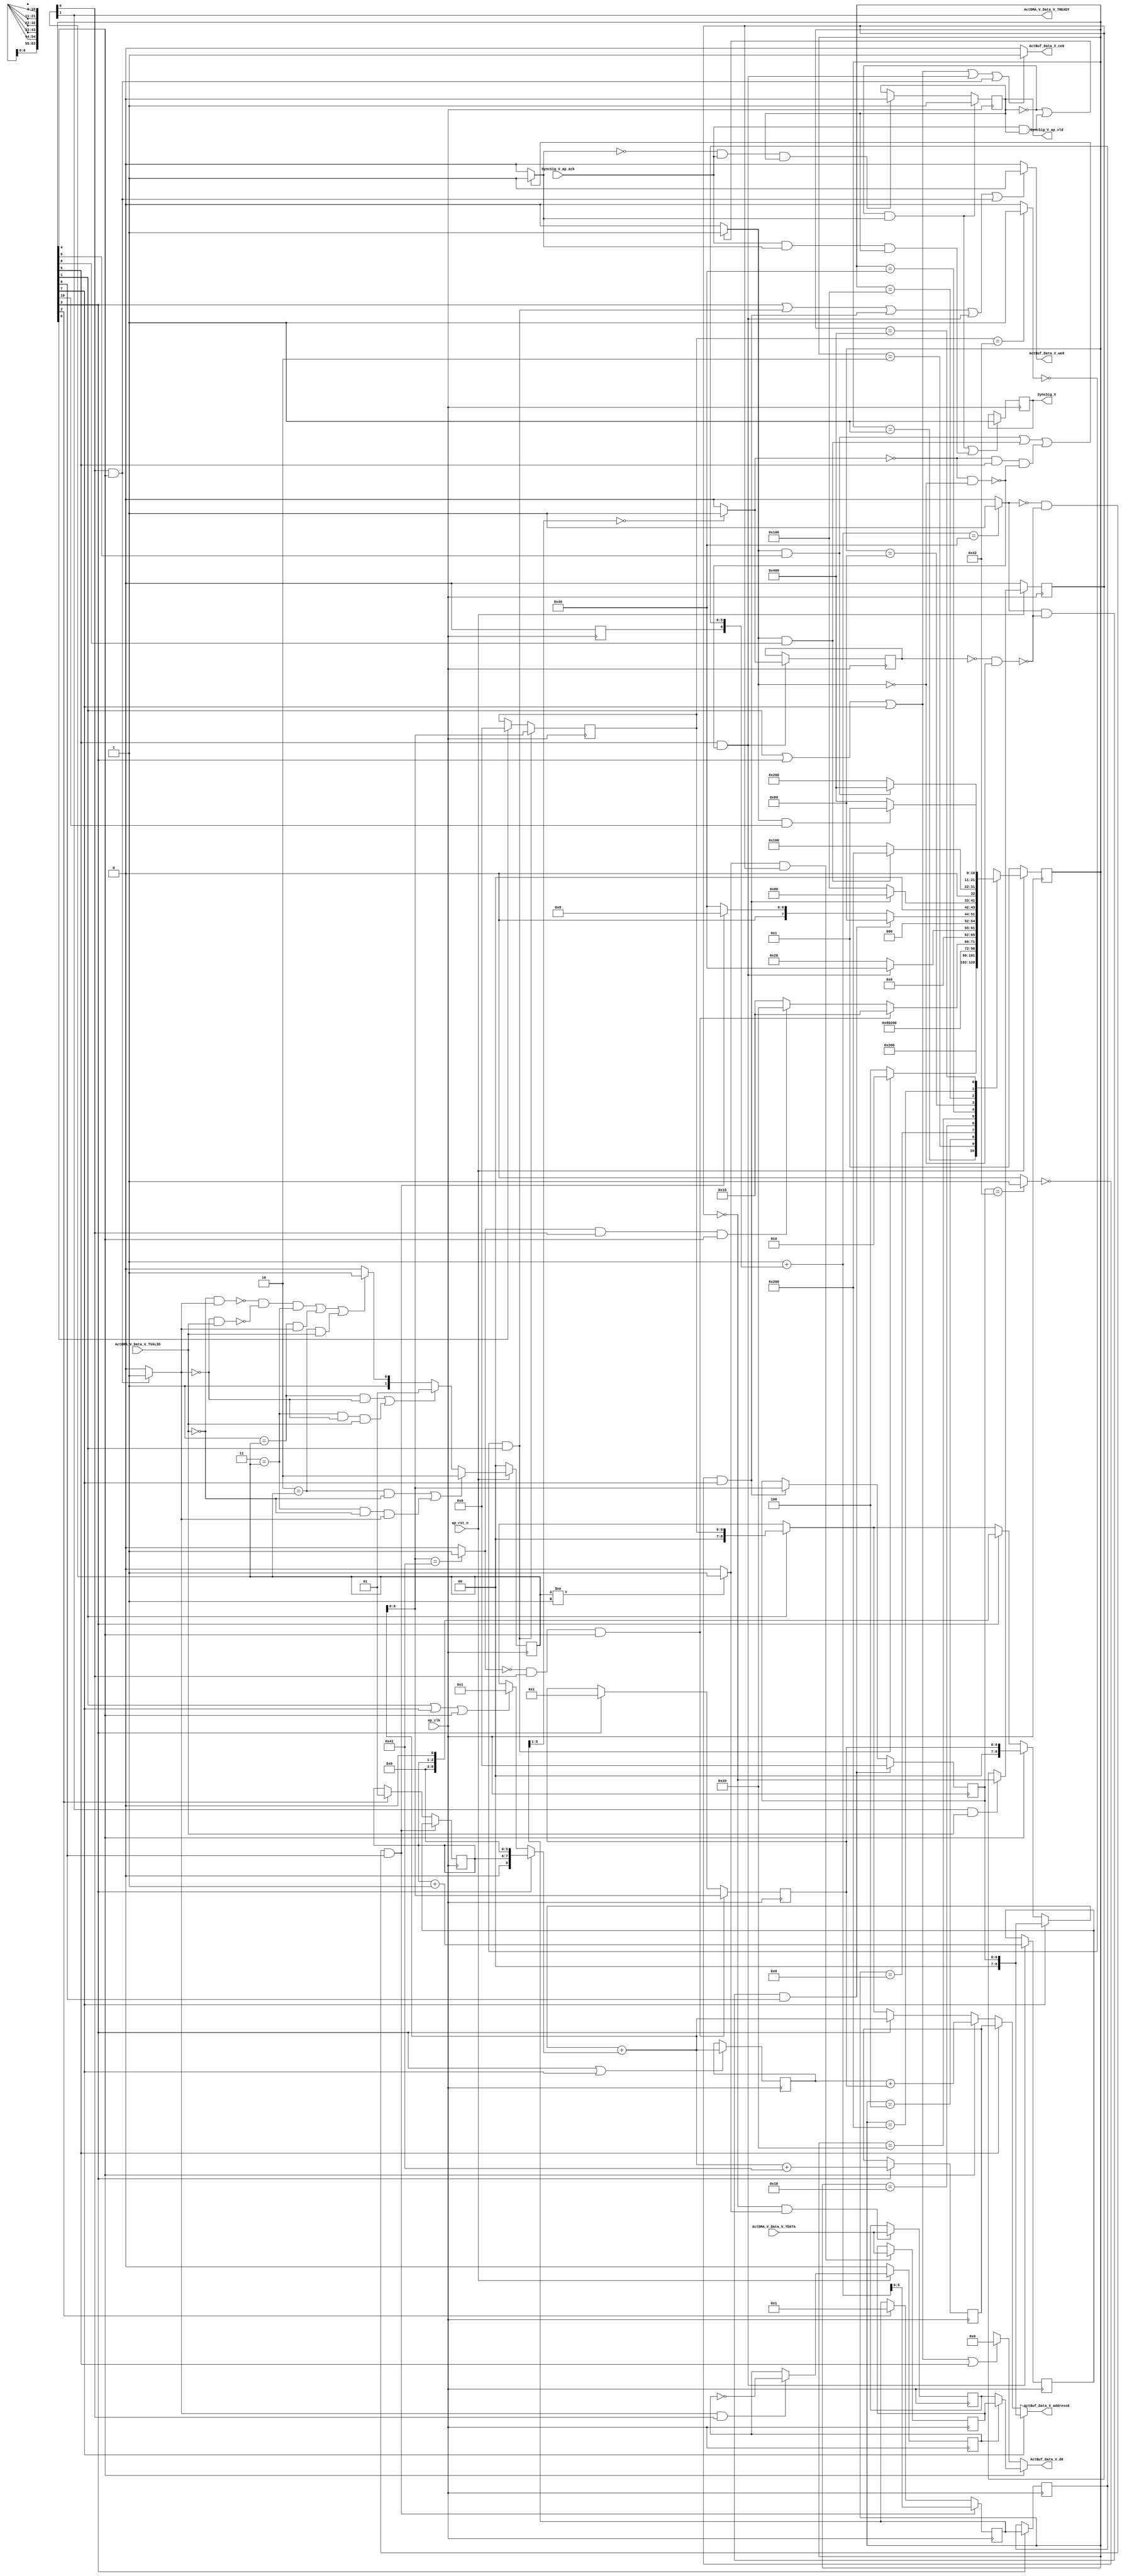
// ==============================================================
// RTL generated by Vivado(TM) HLS - High-Level Synthesis from C, C++ and SystemC
// Version: 2018.3
// Copyright (C) 1986-2018 Xilinx, Inc. All Rights Reserved.
// 
// ===========================================================

`timescale 1 ns / 1 ps 

(* CORE_GENERATION_INFO="Layer1_WriteAct,hls_ip_2018_3,{HLS_INPUT_TYPE=cxx,HLS_INPUT_FLOAT=0,HLS_INPUT_FIXED=0,HLS_INPUT_PART=xczu15eg-ffvb1156-2-i,HLS_INPUT_CLOCK=10.000000,HLS_INPUT_ARCH=others,HLS_SYN_CLOCK=2.013000,HLS_SYN_LAT=4359,HLS_SYN_TPT=none,HLS_SYN_MEM=0,HLS_SYN_DSP=0,HLS_SYN_FF=201,HLS_SYN_LUT=373,HLS_VERSION=2018_3}" *)

module Layer1_WriteAct (
        ap_clk,
        ap_rst_n,
        ActDMA_V_Data_V_TDATA,
        ActDMA_V_Data_V_TVALID,
        ActDMA_V_Data_V_TREADY,
        SyncSig_V,
        SyncSig_V_ap_vld,
        SyncSig_V_ap_ack,
        ActBuf_Data_V_address0,
        ActBuf_Data_V_ce0,
        ActBuf_Data_V_we0,
        ActBuf_Data_V_d0
);

parameter    ap_ST_fsm_state1 = 11'd1;
parameter    ap_ST_fsm_state2 = 11'd2;
parameter    ap_ST_fsm_state3 = 11'd4;
parameter    ap_ST_fsm_state4 = 11'd8;
parameter    ap_ST_fsm_state5 = 11'd16;
parameter    ap_ST_fsm_state6 = 11'd32;
parameter    ap_ST_fsm_state7 = 11'd64;
parameter    ap_ST_fsm_state8 = 11'd128;
parameter    ap_ST_fsm_state9 = 11'd256;
parameter    ap_ST_fsm_state10 = 11'd512;
parameter    ap_ST_fsm_state11 = 11'd1024;

input   ap_clk;
input   ap_rst_n;
input  [63:0] ActDMA_V_Data_V_TDATA;
input   ActDMA_V_Data_V_TVALID;
output   ActDMA_V_Data_V_TREADY;
output   SyncSig_V;
output   SyncSig_V_ap_vld;
input   SyncSig_V_ap_ack;
output  [8:0] ActBuf_Data_V_address0;
output   ActBuf_Data_V_ce0;
output   ActBuf_Data_V_we0;
output  [63:0] ActBuf_Data_V_d0;

reg[8:0] ActBuf_Data_V_address0;
reg ActBuf_Data_V_ce0;
reg ActBuf_Data_V_we0;
reg[63:0] ActBuf_Data_V_d0;

 reg    ap_rst_n_inv;
reg   [63:0] ActDMA_V_Data_V_0_data_out;
wire    ActDMA_V_Data_V_0_vld_in;
wire    ActDMA_V_Data_V_0_vld_out;
wire    ActDMA_V_Data_V_0_ack_in;
reg    ActDMA_V_Data_V_0_ack_out;
reg   [63:0] ActDMA_V_Data_V_0_payload_A;
reg   [63:0] ActDMA_V_Data_V_0_payload_B;
reg    ActDMA_V_Data_V_0_sel_rd;
reg    ActDMA_V_Data_V_0_sel_wr;
wire    ActDMA_V_Data_V_0_sel;
wire    ActDMA_V_Data_V_0_load_A;
wire    ActDMA_V_Data_V_0_load_B;
reg   [1:0] ActDMA_V_Data_V_0_state;
wire    ActDMA_V_Data_V_0_state_cmp_full;
reg    SyncSig_V_1_data_reg;
reg    SyncSig_V_1_vld_reg;
reg    SyncSig_V_1_vld_in;
reg    SyncSig_V_1_ack_in;
wire    SyncSig_V_1_ack_out;
reg    ActDMA_V_Data_V_TDATA_blk_n;
(* fsm_encoding = "none" *) reg   [10:0] ap_CS_fsm;
wire    ap_CS_fsm_state5;
reg    SyncSig_V_blk_n;
wire    ap_CS_fsm_state6;
wire   [0:0] icmp_fu_318_p2;
wire    ap_CS_fsm_state7;
reg   [0:0] icmp_reg_392;
wire    ap_CS_fsm_state9;
wire    ap_CS_fsm_state10;
wire    ap_CS_fsm_state11;
wire   [1:0] t_V_5_fu_302_p2;
reg   [1:0] t_V_5_reg_356;
reg    ap_block_state6_io;
wire   [8:0] grp_fu_215_p2;
reg   [8:0] reg_359;
wire    ap_CS_fsm_state8;
wire    ap_CS_fsm_state4;
reg   [8:0] ActBuf_Data_V_addr_3_reg_364;
wire    ap_CS_fsm_state2;
wire   [6:0] t_V_34_cast_fu_221_p1;
reg   [6:0] t_V_34_cast_reg_379;
wire   [5:0] tmp_12_fu_329_p1;
reg    ap_block_state7_io;
wire   [0:0] exitcond1_fu_333_p2;
reg   [6:0] t_V_reg_152;
wire    ap_CS_fsm_state1;
wire   [0:0] tmp_fu_209_p2;
reg   [5:0] t_V_s_reg_163;
wire    ap_CS_fsm_state3;
reg   [1:0] t_V_1_reg_175;
reg   [6:0] t_V_3_reg_187;
wire   [0:0] exitcond_fu_296_p2;
reg   [6:0] t_V_2_reg_198;
wire   [0:0] tmp_6_fu_339_p2;
wire   [63:0] tmp_1_fu_226_p1;
wire   [63:0] tmp_14_cast_fu_260_p1;
wire   [63:0] tmp_15_cast_fu_271_p1;
wire   [63:0] tmp_16_cast_fu_285_p1;
wire   [63:0] tmp_s_fu_351_p1;
reg   [8:0] grp_fu_215_p0;
wire   [8:0] p_shl1_cast_fu_250_p1;
reg   [8:0] grp_fu_215_p1;
wire   [8:0] p_shl_cast_fu_238_p1;
wire   [7:0] tmp_3_fu_230_p3;
wire   [2:0] tmp_4_fu_242_p3;
wire   [8:0] tmp_9_fu_265_p2;
wire   [8:0] tmp_11_cast_fu_276_p1;
wire   [8:0] tmp_11_fu_280_p2;
wire   [6:0] exitcond_fu_296_p0;
wire   [4:0] tmp_8_fu_308_p4;
wire   [6:0] t_V_8_fu_324_p2;
reg   [10:0] ap_NS_fsm;

// power-on initialization
initial begin
#0 ActDMA_V_Data_V_0_sel_rd = 1'b0;
#0 ActDMA_V_Data_V_0_sel_wr = 1'b0;
#0 ActDMA_V_Data_V_0_state = 2'd0;
#0 SyncSig_V_1_data_reg = 1'b0;
#0 SyncSig_V_1_vld_reg = 1'b0;
#0 ap_CS_fsm = 11'd1;
end

always @ (posedge ap_clk) begin
    if (ap_rst_n_inv == 1'b1) begin
        ActDMA_V_Data_V_0_sel_rd <= 1'b0;
    end else begin
        if (((1'b1 == ActDMA_V_Data_V_0_ack_out) & (1'b1 == ActDMA_V_Data_V_0_vld_out))) begin
            ActDMA_V_Data_V_0_sel_rd <= ~ActDMA_V_Data_V_0_sel_rd;
        end
    end
end

always @ (posedge ap_clk) begin
    if (ap_rst_n_inv == 1'b1) begin
        ActDMA_V_Data_V_0_sel_wr <= 1'b0;
    end else begin
        if (((1'b1 == ActDMA_V_Data_V_0_ack_in) & (1'b1 == ActDMA_V_Data_V_0_vld_in))) begin
            ActDMA_V_Data_V_0_sel_wr <= ~ActDMA_V_Data_V_0_sel_wr;
        end
    end
end

always @ (posedge ap_clk) begin
    if (ap_rst_n_inv == 1'b1) begin
        ActDMA_V_Data_V_0_state <= 2'd0;
    end else begin
        if ((((2'd2 == ActDMA_V_Data_V_0_state) & (1'b0 == ActDMA_V_Data_V_0_vld_in)) | ((2'd3 == ActDMA_V_Data_V_0_state) & (1'b0 == ActDMA_V_Data_V_0_vld_in) & (1'b1 == ActDMA_V_Data_V_0_ack_out)))) begin
            ActDMA_V_Data_V_0_state <= 2'd2;
        end else if ((((2'd1 == ActDMA_V_Data_V_0_state) & (1'b0 == ActDMA_V_Data_V_0_ack_out)) | ((2'd3 == ActDMA_V_Data_V_0_state) & (1'b0 == ActDMA_V_Data_V_0_ack_out) & (1'b1 == ActDMA_V_Data_V_0_vld_in)))) begin
            ActDMA_V_Data_V_0_state <= 2'd1;
        end else if (((~((1'b0 == ActDMA_V_Data_V_0_vld_in) & (1'b1 == ActDMA_V_Data_V_0_ack_out)) & ~((1'b0 == ActDMA_V_Data_V_0_ack_out) & (1'b1 == ActDMA_V_Data_V_0_vld_in)) & (2'd3 == ActDMA_V_Data_V_0_state)) | ((2'd1 == ActDMA_V_Data_V_0_state) & (1'b1 == ActDMA_V_Data_V_0_ack_out)) | ((2'd2 == ActDMA_V_Data_V_0_state) & (1'b1 == ActDMA_V_Data_V_0_vld_in)))) begin
            ActDMA_V_Data_V_0_state <= 2'd3;
        end else begin
            ActDMA_V_Data_V_0_state <= 2'd2;
        end
    end
end

always @ (posedge ap_clk) begin
    if (ap_rst_n_inv == 1'b1) begin
        ap_CS_fsm <= ap_ST_fsm_state1;
    end else begin
        ap_CS_fsm <= ap_NS_fsm;
    end
end

always @ (posedge ap_clk) begin
    if (((1'b0 == SyncSig_V_1_vld_reg) & (1'b1 == SyncSig_V_1_vld_in))) begin
        SyncSig_V_1_vld_reg <= 1'b1;
    end else if (((1'b0 == SyncSig_V_1_vld_in) & (1'b1 == SyncSig_V_1_ack_out) & (1'b1 == SyncSig_V_1_vld_reg))) begin
        SyncSig_V_1_vld_reg <= 1'b0;
    end
end

always @ (posedge ap_clk) begin
    if (((exitcond1_fu_333_p2 == 1'd0) & (1'b0 == ap_block_state7_io) & (1'b1 == ap_CS_fsm_state7))) begin
        t_V_1_reg_175 <= t_V_5_reg_356;
    end else if ((1'b1 == ap_CS_fsm_state3)) begin
        t_V_1_reg_175 <= 2'd1;
    end
end

always @ (posedge ap_clk) begin
    if (((exitcond1_fu_333_p2 == 1'd1) & (1'b0 == ap_block_state7_io) & (1'b1 == ap_CS_fsm_state7))) begin
        t_V_2_reg_198 <= 7'd0;
    end else if (((tmp_6_fu_339_p2 == 1'd0) & (1'b1 == ap_CS_fsm_state8))) begin
        t_V_2_reg_198 <= grp_fu_215_p2;
    end
end

always @ (posedge ap_clk) begin
    if (((exitcond_fu_296_p2 == 1'd0) & (1'b1 == ActDMA_V_Data_V_0_vld_out) & (1'b1 == ap_CS_fsm_state5))) begin
        t_V_3_reg_187 <= grp_fu_215_p2;
    end else if ((1'b1 == ap_CS_fsm_state4)) begin
        t_V_3_reg_187 <= 7'd1;
    end
end

always @ (posedge ap_clk) begin
    if (((tmp_fu_209_p2 == 1'd0) & (1'b1 == ap_CS_fsm_state2))) begin
        t_V_reg_152 <= grp_fu_215_p2;
    end else if ((1'b1 == ap_CS_fsm_state1)) begin
        t_V_reg_152 <= 7'd0;
    end
end

always @ (posedge ap_clk) begin
    if (((exitcond1_fu_333_p2 == 1'd0) & (1'b0 == ap_block_state7_io) & (1'b1 == ap_CS_fsm_state7))) begin
        t_V_s_reg_163 <= tmp_12_fu_329_p1;
    end else if ((1'b1 == ap_CS_fsm_state3)) begin
        t_V_s_reg_163 <= 6'd1;
    end
end

always @ (posedge ap_clk) begin
    if ((1'b1 == ap_CS_fsm_state4)) begin
        ActBuf_Data_V_addr_3_reg_364 <= tmp_15_cast_fu_271_p1;
        t_V_34_cast_reg_379[5 : 0] <= t_V_34_cast_fu_221_p1[5 : 0];
    end
end

always @ (posedge ap_clk) begin
    if ((1'b1 == ActDMA_V_Data_V_0_load_A)) begin
        ActDMA_V_Data_V_0_payload_A <= ActDMA_V_Data_V_TDATA;
    end
end

always @ (posedge ap_clk) begin
    if ((1'b1 == ActDMA_V_Data_V_0_load_B)) begin
        ActDMA_V_Data_V_0_payload_B <= ActDMA_V_Data_V_TDATA;
    end
end

always @ (posedge ap_clk) begin
    if ((((1'b0 == SyncSig_V_1_vld_reg) & (1'b1 == SyncSig_V_1_vld_in)) | ((1'b1 == SyncSig_V_1_ack_out) & (1'b1 == SyncSig_V_1_vld_in) & (1'b1 == SyncSig_V_1_vld_reg)))) begin
        SyncSig_V_1_data_reg <= 1'd1;
    end
end

always @ (posedge ap_clk) begin
    if (((1'b1 == ap_CS_fsm_state6) & (1'b0 == ap_block_state6_io))) begin
        icmp_reg_392 <= icmp_fu_318_p2;
        t_V_5_reg_356 <= t_V_5_fu_302_p2;
    end
end

always @ (posedge ap_clk) begin
    if (((1'b1 == ap_CS_fsm_state4) | (1'b1 == ap_CS_fsm_state8))) begin
        reg_359 <= grp_fu_215_p2;
    end
end

always @ (*) begin
    if ((1'b1 == ap_CS_fsm_state8)) begin
        ActBuf_Data_V_address0 = tmp_s_fu_351_p1;
    end else if ((1'b1 == ap_CS_fsm_state6)) begin
        ActBuf_Data_V_address0 = ActBuf_Data_V_addr_3_reg_364;
    end else if ((1'b1 == ap_CS_fsm_state5)) begin
        ActBuf_Data_V_address0 = tmp_16_cast_fu_285_p1;
    end else if ((1'b1 == ap_CS_fsm_state4)) begin
        ActBuf_Data_V_address0 = tmp_14_cast_fu_260_p1;
    end else if ((1'b1 == ap_CS_fsm_state2)) begin
        ActBuf_Data_V_address0 = tmp_1_fu_226_p1;
    end else begin
        ActBuf_Data_V_address0 = 'bx;
    end
end

always @ (*) begin
    if (((1'b1 == ap_CS_fsm_state2) | (1'b1 == ap_CS_fsm_state4) | (1'b1 == ap_CS_fsm_state8) | ((1'b1 == ap_CS_fsm_state6) & (1'b0 == ap_block_state6_io)) | ((1'b1 == ActDMA_V_Data_V_0_vld_out) & (1'b1 == ap_CS_fsm_state5)))) begin
        ActBuf_Data_V_ce0 = 1'b1;
    end else begin
        ActBuf_Data_V_ce0 = 1'b0;
    end
end

always @ (*) begin
    if ((1'b1 == ap_CS_fsm_state5)) begin
        ActBuf_Data_V_d0 = ActDMA_V_Data_V_0_data_out;
    end else if (((1'b1 == ap_CS_fsm_state2) | (1'b1 == ap_CS_fsm_state4) | (1'b1 == ap_CS_fsm_state8) | (1'b1 == ap_CS_fsm_state6))) begin
        ActBuf_Data_V_d0 = 64'd0;
    end else begin
        ActBuf_Data_V_d0 = 'bx;
    end
end

always @ (*) begin
    if (((1'b1 == ap_CS_fsm_state4) | ((tmp_fu_209_p2 == 1'd0) & (1'b1 == ap_CS_fsm_state2)) | ((tmp_6_fu_339_p2 == 1'd0) & (1'b1 == ap_CS_fsm_state8)) | ((1'b1 == ap_CS_fsm_state6) & (1'b0 == ap_block_state6_io)) | ((1'b1 == ActDMA_V_Data_V_0_vld_out) & (1'b1 == ap_CS_fsm_state5)))) begin
        ActBuf_Data_V_we0 = 1'b1;
    end else begin
        ActBuf_Data_V_we0 = 1'b0;
    end
end

always @ (*) begin
    if (((1'b1 == ActDMA_V_Data_V_0_vld_out) & (1'b1 == ap_CS_fsm_state5))) begin
        ActDMA_V_Data_V_0_ack_out = 1'b1;
    end else begin
        ActDMA_V_Data_V_0_ack_out = 1'b0;
    end
end

always @ (*) begin
    if ((1'b1 == ActDMA_V_Data_V_0_sel)) begin
        ActDMA_V_Data_V_0_data_out = ActDMA_V_Data_V_0_payload_B;
    end else begin
        ActDMA_V_Data_V_0_data_out = ActDMA_V_Data_V_0_payload_A;
    end
end

always @ (*) begin
    if ((1'b1 == ap_CS_fsm_state5)) begin
        ActDMA_V_Data_V_TDATA_blk_n = ActDMA_V_Data_V_0_state[1'd0];
    end else begin
        ActDMA_V_Data_V_TDATA_blk_n = 1'b1;
    end
end

always @ (*) begin
    if (((1'b0 == SyncSig_V_1_vld_reg) | ((1'b1 == SyncSig_V_1_ack_out) & (1'b1 == SyncSig_V_1_vld_reg)))) begin
        SyncSig_V_1_ack_in = 1'b1;
    end else begin
        SyncSig_V_1_ack_in = 1'b0;
    end
end

always @ (*) begin
    if ((((1'b1 == SyncSig_V_1_ack_in) & (1'b1 == ap_CS_fsm_state10)) | ((1'b1 == SyncSig_V_1_ack_in) & (1'b1 == ap_CS_fsm_state9)) | ((icmp_fu_318_p2 == 1'd0) & (1'b1 == ap_CS_fsm_state6) & (1'b0 == ap_block_state6_io)))) begin
        SyncSig_V_1_vld_in = 1'b1;
    end else begin
        SyncSig_V_1_vld_in = 1'b0;
    end
end

always @ (*) begin
    if (((1'b1 == ap_CS_fsm_state11) | (1'b1 == ap_CS_fsm_state10) | (1'b1 == ap_CS_fsm_state9) | ((icmp_reg_392 == 1'd0) & (1'b1 == ap_CS_fsm_state7)) | ((icmp_fu_318_p2 == 1'd0) & (1'b1 == ap_CS_fsm_state6)))) begin
        SyncSig_V_blk_n = SyncSig_V_1_ack_in;
    end else begin
        SyncSig_V_blk_n = 1'b1;
    end
end

always @ (*) begin
    if ((1'b1 == ap_CS_fsm_state8)) begin
        grp_fu_215_p0 = t_V_2_reg_198;
    end else if ((1'b1 == ap_CS_fsm_state5)) begin
        grp_fu_215_p0 = t_V_3_reg_187;
    end else if ((1'b1 == ap_CS_fsm_state4)) begin
        grp_fu_215_p0 = p_shl1_cast_fu_250_p1;
    end else if ((1'b1 == ap_CS_fsm_state2)) begin
        grp_fu_215_p0 = t_V_reg_152;
    end else begin
        grp_fu_215_p0 = 'bx;
    end
end

always @ (*) begin
    if ((1'b1 == ap_CS_fsm_state4)) begin
        grp_fu_215_p1 = p_shl_cast_fu_238_p1;
    end else if (((1'b1 == ap_CS_fsm_state2) | (1'b1 == ap_CS_fsm_state8) | (1'b1 == ap_CS_fsm_state5))) begin
        grp_fu_215_p1 = 7'd1;
    end else begin
        grp_fu_215_p1 = 'bx;
    end
end

always @ (*) begin
    case (ap_CS_fsm)
        ap_ST_fsm_state1 : begin
            ap_NS_fsm = ap_ST_fsm_state2;
        end
        ap_ST_fsm_state2 : begin
            if (((tmp_fu_209_p2 == 1'd0) & (1'b1 == ap_CS_fsm_state2))) begin
                ap_NS_fsm = ap_ST_fsm_state2;
            end else begin
                ap_NS_fsm = ap_ST_fsm_state3;
            end
        end
        ap_ST_fsm_state3 : begin
            ap_NS_fsm = ap_ST_fsm_state4;
        end
        ap_ST_fsm_state4 : begin
            ap_NS_fsm = ap_ST_fsm_state5;
        end
        ap_ST_fsm_state5 : begin
            if (((exitcond_fu_296_p2 == 1'd0) & (1'b1 == ActDMA_V_Data_V_0_vld_out) & (1'b1 == ap_CS_fsm_state5))) begin
                ap_NS_fsm = ap_ST_fsm_state5;
            end else if (((exitcond_fu_296_p2 == 1'd1) & (1'b1 == ActDMA_V_Data_V_0_vld_out) & (1'b1 == ap_CS_fsm_state5))) begin
                ap_NS_fsm = ap_ST_fsm_state6;
            end else begin
                ap_NS_fsm = ap_ST_fsm_state5;
            end
        end
        ap_ST_fsm_state6 : begin
            if (((1'b1 == ap_CS_fsm_state6) & (1'b0 == ap_block_state6_io))) begin
                ap_NS_fsm = ap_ST_fsm_state7;
            end else begin
                ap_NS_fsm = ap_ST_fsm_state6;
            end
        end
        ap_ST_fsm_state7 : begin
            if (((exitcond1_fu_333_p2 == 1'd1) & (1'b0 == ap_block_state7_io) & (1'b1 == ap_CS_fsm_state7))) begin
                ap_NS_fsm = ap_ST_fsm_state8;
            end else if (((exitcond1_fu_333_p2 == 1'd0) & (1'b0 == ap_block_state7_io) & (1'b1 == ap_CS_fsm_state7))) begin
                ap_NS_fsm = ap_ST_fsm_state4;
            end else begin
                ap_NS_fsm = ap_ST_fsm_state7;
            end
        end
        ap_ST_fsm_state8 : begin
            if (((tmp_6_fu_339_p2 == 1'd0) & (1'b1 == ap_CS_fsm_state8))) begin
                ap_NS_fsm = ap_ST_fsm_state8;
            end else begin
                ap_NS_fsm = ap_ST_fsm_state9;
            end
        end
        ap_ST_fsm_state9 : begin
            if (((1'b1 == SyncSig_V_1_ack_in) & (1'b1 == ap_CS_fsm_state9))) begin
                ap_NS_fsm = ap_ST_fsm_state10;
            end else begin
                ap_NS_fsm = ap_ST_fsm_state9;
            end
        end
        ap_ST_fsm_state10 : begin
            if (((1'b1 == SyncSig_V_1_ack_in) & (1'b1 == ap_CS_fsm_state10))) begin
                ap_NS_fsm = ap_ST_fsm_state11;
            end else begin
                ap_NS_fsm = ap_ST_fsm_state10;
            end
        end
        ap_ST_fsm_state11 : begin
            if (((1'b1 == SyncSig_V_1_ack_in) & (1'b1 == ap_CS_fsm_state11))) begin
                ap_NS_fsm = ap_ST_fsm_state1;
            end else begin
                ap_NS_fsm = ap_ST_fsm_state11;
            end
        end
        default : begin
            ap_NS_fsm = 'bx;
        end
    endcase
end

assign ActDMA_V_Data_V_0_ack_in = ActDMA_V_Data_V_0_state[1'd1];

assign ActDMA_V_Data_V_0_load_A = (~ActDMA_V_Data_V_0_sel_wr & ActDMA_V_Data_V_0_state_cmp_full);

assign ActDMA_V_Data_V_0_load_B = (ActDMA_V_Data_V_0_state_cmp_full & ActDMA_V_Data_V_0_sel_wr);

assign ActDMA_V_Data_V_0_sel = ActDMA_V_Data_V_0_sel_rd;

assign ActDMA_V_Data_V_0_state_cmp_full = ((ActDMA_V_Data_V_0_state != 2'd1) ? 1'b1 : 1'b0);

assign ActDMA_V_Data_V_0_vld_in = ActDMA_V_Data_V_TVALID;

assign ActDMA_V_Data_V_0_vld_out = ActDMA_V_Data_V_0_state[1'd0];

assign ActDMA_V_Data_V_TREADY = ActDMA_V_Data_V_0_state[1'd1];

assign SyncSig_V = SyncSig_V_1_data_reg;

assign SyncSig_V_1_ack_out = SyncSig_V_ap_ack;

assign SyncSig_V_ap_vld = SyncSig_V_1_vld_reg;

assign ap_CS_fsm_state1 = ap_CS_fsm[32'd0];

assign ap_CS_fsm_state10 = ap_CS_fsm[32'd9];

assign ap_CS_fsm_state11 = ap_CS_fsm[32'd10];

assign ap_CS_fsm_state2 = ap_CS_fsm[32'd1];

assign ap_CS_fsm_state3 = ap_CS_fsm[32'd2];

assign ap_CS_fsm_state4 = ap_CS_fsm[32'd3];

assign ap_CS_fsm_state5 = ap_CS_fsm[32'd4];

assign ap_CS_fsm_state6 = ap_CS_fsm[32'd5];

assign ap_CS_fsm_state7 = ap_CS_fsm[32'd6];

assign ap_CS_fsm_state8 = ap_CS_fsm[32'd7];

assign ap_CS_fsm_state9 = ap_CS_fsm[32'd8];

always @ (*) begin
    ap_block_state6_io = ((icmp_fu_318_p2 == 1'd0) & (1'b0 == SyncSig_V_1_ack_in));
end

always @ (*) begin
    ap_block_state7_io = ((icmp_reg_392 == 1'd0) & (1'b0 == SyncSig_V_1_ack_in));
end

always @ (*) begin
    ap_rst_n_inv = ~ap_rst_n;
end

assign exitcond1_fu_333_p2 = ((t_V_8_fu_324_p2 == 7'd64) ? 1'b1 : 1'b0);

assign exitcond_fu_296_p0 = grp_fu_215_p2;

assign exitcond_fu_296_p2 = ((exitcond_fu_296_p0 == 7'd65) ? 1'b1 : 1'b0);

assign grp_fu_215_p2 = (grp_fu_215_p0 + grp_fu_215_p1);

assign icmp_fu_318_p2 = ((tmp_8_fu_308_p4 == 5'd0) ? 1'b1 : 1'b0);

assign p_shl1_cast_fu_250_p1 = tmp_4_fu_242_p3;

assign p_shl_cast_fu_238_p1 = tmp_3_fu_230_p3;

assign t_V_34_cast_fu_221_p1 = t_V_s_reg_163;

assign t_V_5_fu_302_p2 = (t_V_1_reg_175 + 2'd1);

assign t_V_8_fu_324_p2 = (7'd1 + t_V_34_cast_reg_379);

assign tmp_11_cast_fu_276_p1 = t_V_3_reg_187;

assign tmp_11_fu_280_p2 = (reg_359 + tmp_11_cast_fu_276_p1);

assign tmp_12_fu_329_p1 = t_V_8_fu_324_p2[5:0];

assign tmp_14_cast_fu_260_p1 = grp_fu_215_p2;

assign tmp_15_cast_fu_271_p1 = tmp_9_fu_265_p2;

assign tmp_16_cast_fu_285_p1 = tmp_11_fu_280_p2;

assign tmp_1_fu_226_p1 = t_V_reg_152;

assign tmp_3_fu_230_p3 = {{t_V_1_reg_175}, {6'd0}};

assign tmp_4_fu_242_p3 = {{t_V_1_reg_175}, {1'd0}};

assign tmp_6_fu_339_p2 = ((t_V_2_reg_198 == 7'd66) ? 1'b1 : 1'b0);

assign tmp_8_fu_308_p4 = {{t_V_s_reg_163[5:1]}};

assign tmp_9_fu_265_p2 = (grp_fu_215_p2 + 9'd65);

assign tmp_fu_209_p2 = ((t_V_reg_152 == 7'd66) ? 1'b1 : 1'b0);

assign tmp_s_fu_351_p1 = t_V_2_reg_198;

always @ (posedge ap_clk) begin
    t_V_34_cast_reg_379[6] <= 1'b0;
end

endmodule //Layer1_WriteAct